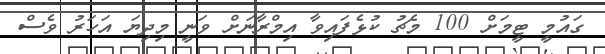
ގައުމީ ޓީމަށް 100 މެޗު ކުޅެފައިވާ އިމްރާނަށް ވަނީ މިދިޔަ އަހަރު ވެސް